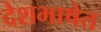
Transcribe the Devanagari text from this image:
देशभाषेत